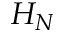
H _ { N }